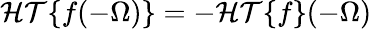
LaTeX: \mathcal{HT}\{ f(-\Omega)\} =-\mathcal{HT}\{ f\} (-\Omega)